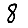
Digit: 8